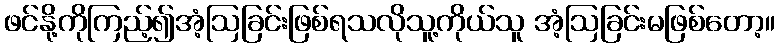
ဖင်နို့ကိုကြည့်၍အံ့ဩခြင်းဖြစ်ရသလိုသူ့ကိုယ်သူ အံ့ဩခြင်းမဖြစ်တော့။